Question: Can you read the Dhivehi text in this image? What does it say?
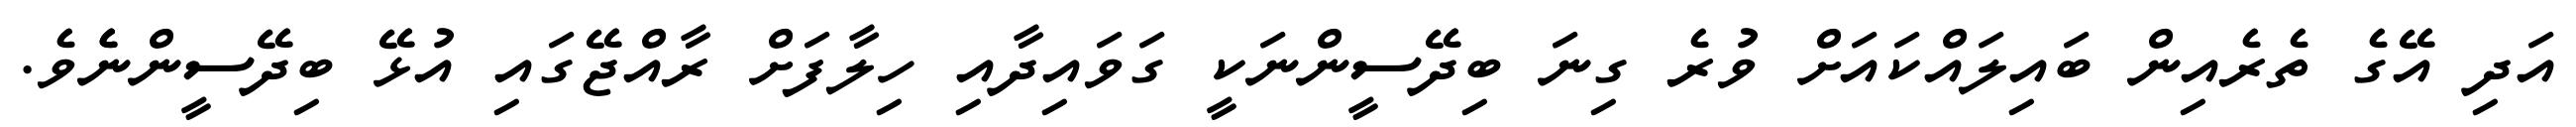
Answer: އަދި އޭގެ ތެރެއިން ބައިލައްކައަށް ވުރެ ގިނަ ބިދޭސީންނަކީ ގަވައިދާއި ހިލާފަށް ރާއްޖޭގައި އުޅޭ ބިދޭސީންނެެވެ.